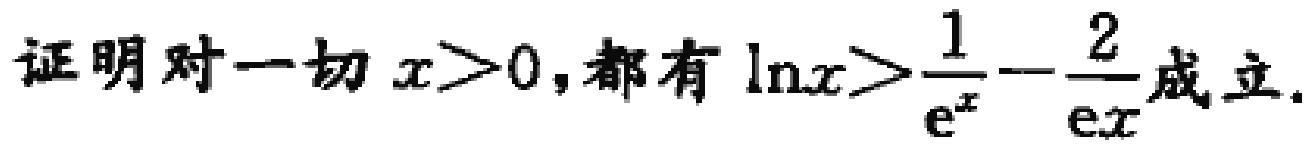
证明对一切 \(x > 0\)，都有 \(\ln x > \frac{1}{e^{x}} - \frac{2}{ex}\) 成立.